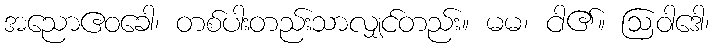
အညောဧဝခေါ၊ တစ်ပါးတည်းသာလျှင်တည်း။ မမ၊ ငါ၏။ ဩဝါဒေါ၊